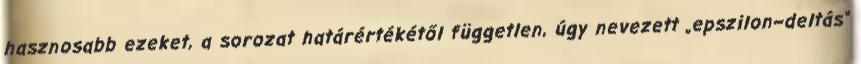
hasznosabb ezeket, a sorozat határértékétől független, úgy nevezett „epszilon–deltás”